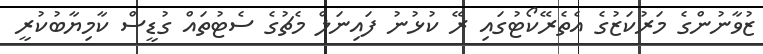
ޒުވާނުންގެ މަރުކަޒުގެ އެތެރޭކޯޓުގައި ރޭ ކުޅުނު ފައިނަލް މެޗުގެ ސެޓުތައް ގުޑީސް ކާމިޔާބުކުރީ